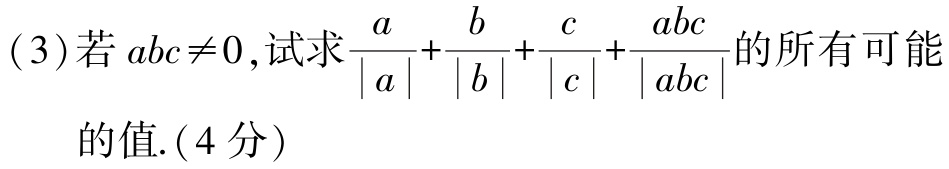
(3)若 \(abc\neq0\),试求\(\frac{a}{|a|}+\frac{b}{|b|}+\frac{c}{|c|}+\frac{abc}{|abc|}\)的所有可能的值.(4分)